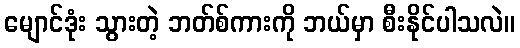
မျောင်ဒုံး သွားတဲ့ ဘတ်စ်ကားကို ဘယ်မှာ စီးနိုင်ပါသလဲ။